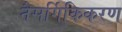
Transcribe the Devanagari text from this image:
नैसर्गिकिकरण